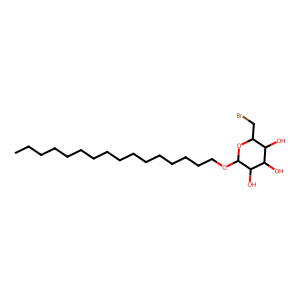
SMILES: CCCCCCCCCCCCCCCCOC1OC(CBr)C(O)C(O)C1O
Inhibits HIV replication: No